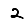
Digit: 2